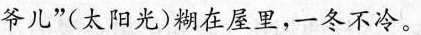
爷儿”(太阳光)糊在屋里，一冬不冷。